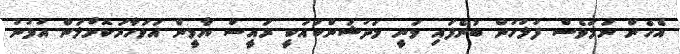
އެހެން ނަމަވެސް ފުލުހުން ބުނެފައި ވަނީ މަދުޝަންކައަކީ ރައީސް ޔާމީން އަވަހާރަކޮށްލަން އުޅުނު